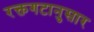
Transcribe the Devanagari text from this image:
रक्तगटानुसार